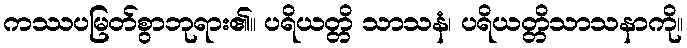
ကဿပမြတ်စွာဘုရား၏။ ပရိယတ္တိ သာသနံ၊ ပရိယတ္တိသာသနာကို။